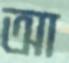
আ